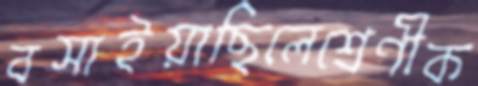
বসাইয়াছিলেশ্রেণীক